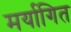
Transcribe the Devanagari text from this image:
मर्यागित